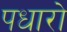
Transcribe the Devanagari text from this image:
पधारो